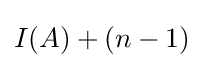
I(A)+(n-1)